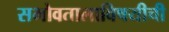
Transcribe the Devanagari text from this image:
सभोवतालाविषयीची